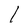
Character: 1